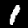
Label: 1